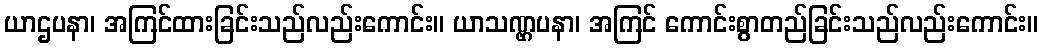
ယာဌပနာ၊ အကြင်ထားခြင်းသည်လည်းကောင်း။ ယာသဏ္ဌပနာ၊ အကြင် ကောင်းစွာတည်ခြင်းသည်လည်းကောင်း။